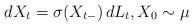
LaTeX: \begin{align*}dX_{t} = \sigma(X_{t-}) \, dL_t, X_0 \sim \mu \end{align*}